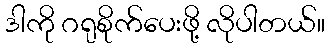
ဒါကို ဂရုစိုက်ပေးဖို့ လိုပါတယ်။